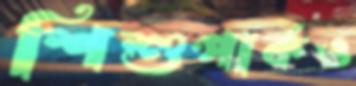
শিশুপার্কও